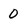
Character: 0